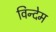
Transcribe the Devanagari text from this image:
विन्देम